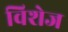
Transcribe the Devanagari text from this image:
विशेज